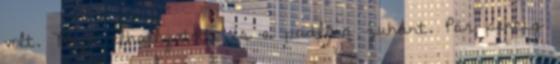
volt. Majd elhallgatott, és a padlóra zuhant. Pár percig